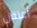
أعتقل